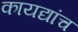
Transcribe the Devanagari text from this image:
कायद्यांच